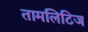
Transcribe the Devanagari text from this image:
तामलिटिज